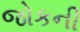
જોકની